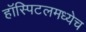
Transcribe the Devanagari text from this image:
हॉस्पिटलमध्येच